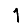
Digit: 1